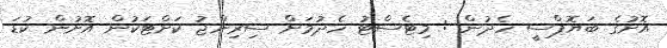
އޮށުގެ ބަޔޮޕްސީ ހެދުން : މިޓެސްޓު ހެދުމަށް ސިރިންޖު ކަށްޓަކުން އޮށުން ކުޑަ